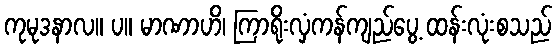
ကုမုဒနာလ။ ပ။ မာဏာဟိ၊ ကြာရိုးလှံကန်ကျည်ပွေ့ ထန်းလုံးစသည်